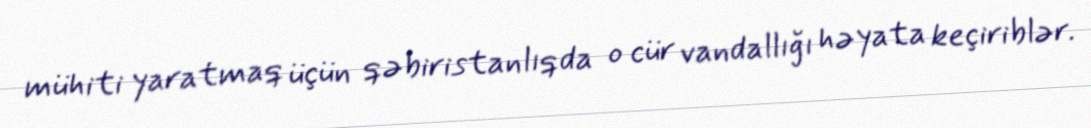
mühiti yaratmaq üçün qəbiristanlıqda o cür vandallığı həyata keçiriblər.